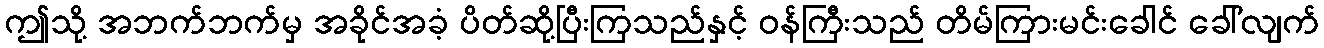
ဤသို့ အဘက်ဘက်မှ အခိုင်အခံ့ ပိတ်ဆို့ပြီးကြသည်နှင့် ဝန်ကြီးသည် တိမ်ကြားမင်းခေါင် ခေါ်လျက်